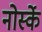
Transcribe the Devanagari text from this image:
नोर्स्के